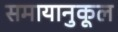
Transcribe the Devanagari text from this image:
समायानुकूल